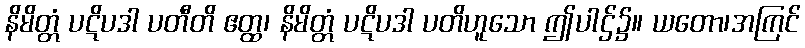
နိမိတ္တံ ပဋိပဒါ ပတီတိ ဧတ္ထ၊ နိမိတ္တံ ပဋိပဒါ ပတိဟူသော ဤပါဌ်၌။ ယတော၊အကြင်